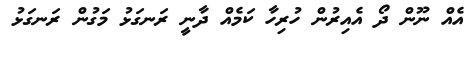
އެއް ނޫން ދޯ އެއިރުން ހުރިހާ ކަމެއް ދާނީ ރަނގަޅު މަގުން ރަނގަޅު